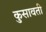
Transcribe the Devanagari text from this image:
कुसावती